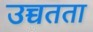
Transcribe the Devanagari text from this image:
उच्चतता